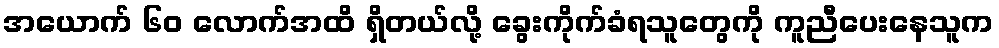
အယောက် ၆၀ လောက်အထိ ရှိတယ်လို့ ခွေးကိုက်ခံရသူတွေကို ကူညီပေးနေသူက